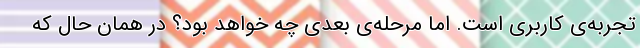
تجربه‌ی کاربری است. اما مرحله‌ی بعدی چه خواهد بود؟ در همان حال که